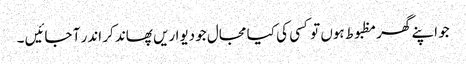
جو اپنے گھر مظبوط ہوں تو کسی کی کیا مجال جو دیواریں پھاند کر اندر آ جائیں ۔